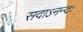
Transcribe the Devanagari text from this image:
सदाऽनन्दः